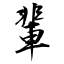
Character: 輩